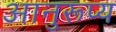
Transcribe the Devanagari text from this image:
आनुरूप्य